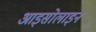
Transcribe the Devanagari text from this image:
आइसोलाइन